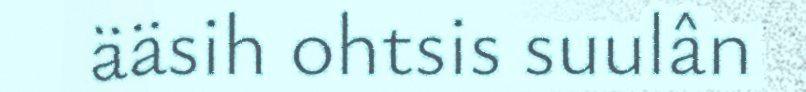
ääsih ohtsis suulân